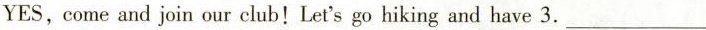
YES, come and join our club! Let's go hiking and have 3.___